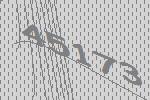
45173